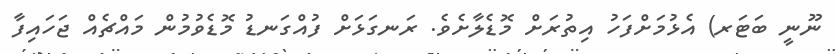
ނޫނީ ބަޓަރ) އެޅުމަށްފަހު އިތުރަށް މޮޑެލާށެވެ. ރަނގަޅަށް ފުއްގަނޑު މޮޑެވުމުން މައްޗެއް ޖަހައިފާ